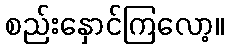
စည်းနှောင်ကြလော့။